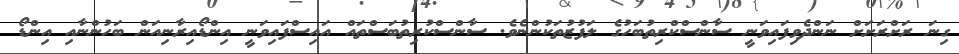
ގިނަ ރަށްރަށަށް ނަންދެވިފައިވަނީ ސާންސްކްރިތުބަހުގެ ލަފުޒުތަކުންނެވެ. ސާންސްކުރިތުބަސްތައް އައިސްފައިވަނީ އިންޑޯއިރާނިއަން ބަހުންނާއި އިންޑޯ